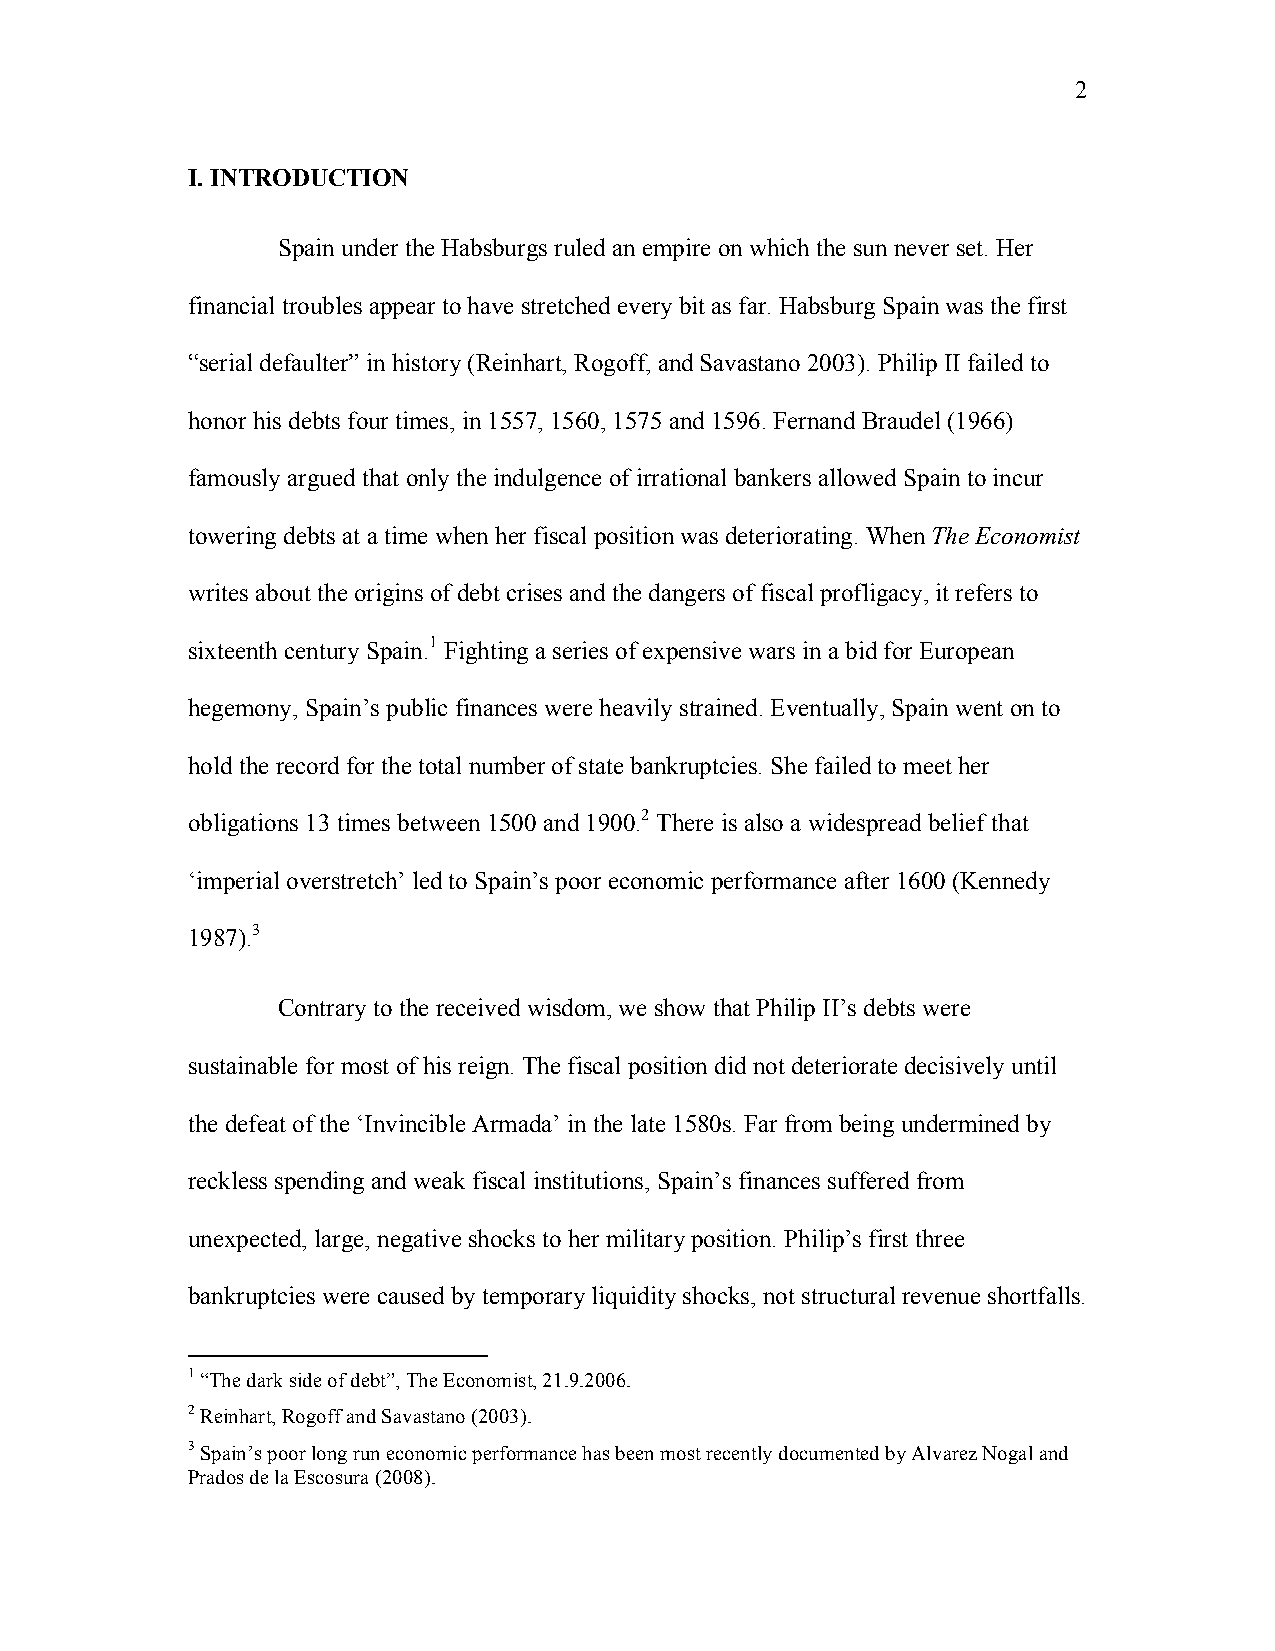
2
 I. INTRODUCTION
 Spain under the Habsburgs ruled an empire on which the sun never set. Her
 financial troubles appear to have stretched every bit as far. Habsburg Spain was the first
 “serial defaulter” in history (Reinhart, Rogoff, and Savastano 2003). Philip II failed to
 honor his debts four times, in 1557, 1560, 1575 and 1596. Fernand Braudel (1966)
 famously argued that only the indulgence of irrational bankers allowed Spain to incur
 towering debts at a time when her fiscal position was deteriorating. When The Economist
 writes about the origins of debt crises and the dangers of fiscal profligacy, it refers to
 sixteenth century Spain.1 Fighting a series of expensive wars in a bid for European
 hegemony, Spain’s public finances were heavily strained. Eventually, Spain went on to
 hold the record for the total number of state bankruptcies. She failed to meet her
 obligations 13 times between 1500 and 1900.2 There is also a widespread belief that
 ‘imperial overstretch’ led to Spain’s poor economic performance after 1600 (Kennedy
 1987).3
 Contrary to the received wisdom, we show that Philip II’s debts were
 sustainable for most of his reign. The fiscal position did not deteriorate decisively until
 the defeat of the ‘Invincible Armada’ in the late 1580s. Far from being undermined by
 reckless spending and weak fiscal institutions, Spain’s finances suffered from
 unexpected, large, negative shocks to her military position. Philip’s first three
 bankruptcies were caused by temporary liquidity shocks, not structural revenue shortfalls.
 1 “The dark side of debt”, The Economist, 21.9.2006.
 2 Reinhart, Rogoff and Savastano (2003).
 3 Spain’s poor long run economic performance has been most recently documented by Alvarez Nogal and
 Prados de la Escosura (2008).